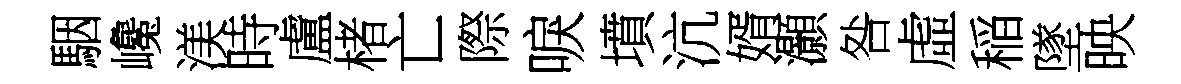
駰巉渼時盧楮亡際唳墳沆婿灝咎虛稲墜映